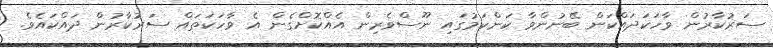
ސަރުކާރުން ވާހަކަދައްކަން ބޭނުންވާ ކަންކަމުގައި ނޫސްވެރިން އެއްކޮށްގެން އެ ވާހަކަތައް ސަރުކާރުން ދައްކައެވެ.